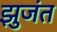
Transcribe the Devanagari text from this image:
झुजंत